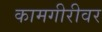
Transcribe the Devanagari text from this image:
कामगीरीवर